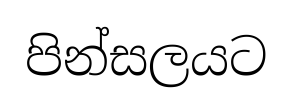
පින්සලයට